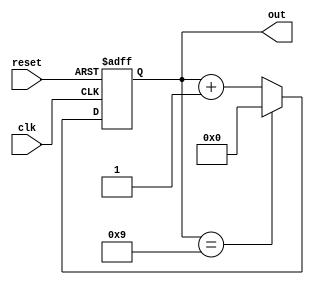
module contador_decadico_crescente(
  input wire clk,        
  input wire reset,       
  output wire [3:0] out   
);

  reg [3:0] contador;      

  always @(posedge clk or posedge reset) begin
    if (reset) begin
      contador <= 4'b0000; 
    end else begin
      
      case (contador)
        4'b1001: contador <= 4'b0000;
        default: contador <= contador + 1;
      endcase
    end
  end

  
  assign out = contador;

endmodule